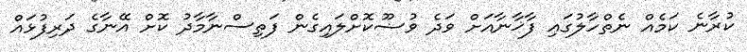
ކުރާނެ ކަމެއް ނެތްްހާލުގައި ފާޚާނާއަށް ވަދެ ވުޟޫކޮށްލައިގެން ފަތިސްނާމާދު ކޮށް އޭނާގެ ދަރިފުޅައް